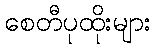
စေတီပုထိုးများ